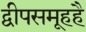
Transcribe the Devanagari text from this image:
द्वीपसमूहहै